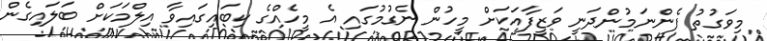
މިވަގުތު ފެންނަމުންދަނީ ވަޒީފާއަކަށް މީހުން ނެގުމުގައި އެ މީހެއްގެ ކިބައިގައިވާ އިލްމަކަށް ބަލައިގެން